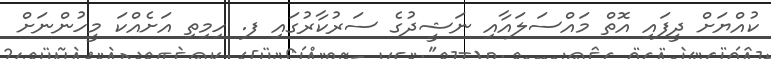
ކުއްޔަށް ދީފައި އޮތް މައްސަލައާއި ނަޝީދުގެ ސަރުކާރުގައި ފ. ހިމިތި އަށެއްކަ މީހުންނަށް